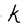
Character: k